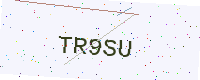
Text: TR9SU